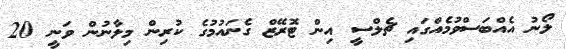
ލޯނު އެއްބަސްވުމެއްގައި ޗެލްސީ އިން ޓޮރޭޒް ގެނައުމުގެ ކުރިން މިލާނުން ވަނީ 20